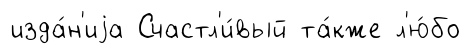
изда́н'иjа Счастл'и́вый та́кже л'ю́бо